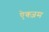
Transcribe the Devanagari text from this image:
ऐक्ज़म